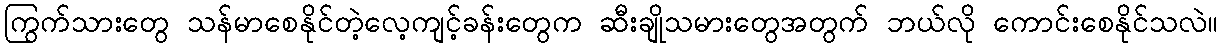
ကြွက်သားတွေ သန်မာစေနိုင်တဲ့လေ့ကျင့်ခန်းတွေက ဆီးချိုသမားတွေအတွက် ဘယ်လို ကောင်းစေနိုင်သလဲ။